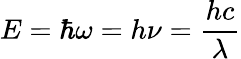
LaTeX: E=\hbar\omega=h\nu={\frac{hc}{\lambda}}